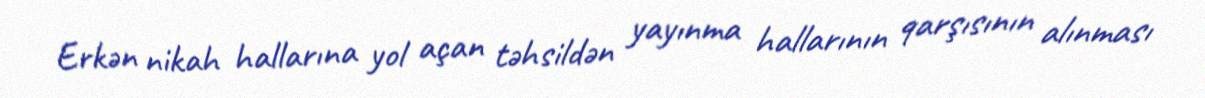
Erkən nikah hallarına yol açan təhsildən yayınma hallarının qarşısının alınması